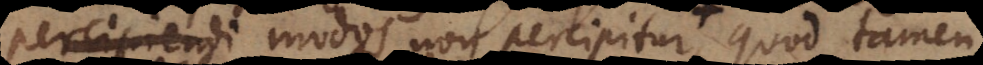
percipiendi modos non percipitur, quod tamen